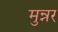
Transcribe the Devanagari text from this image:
मुन्नर